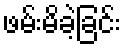
ဖမ်းမိခဲ့ခြင်း